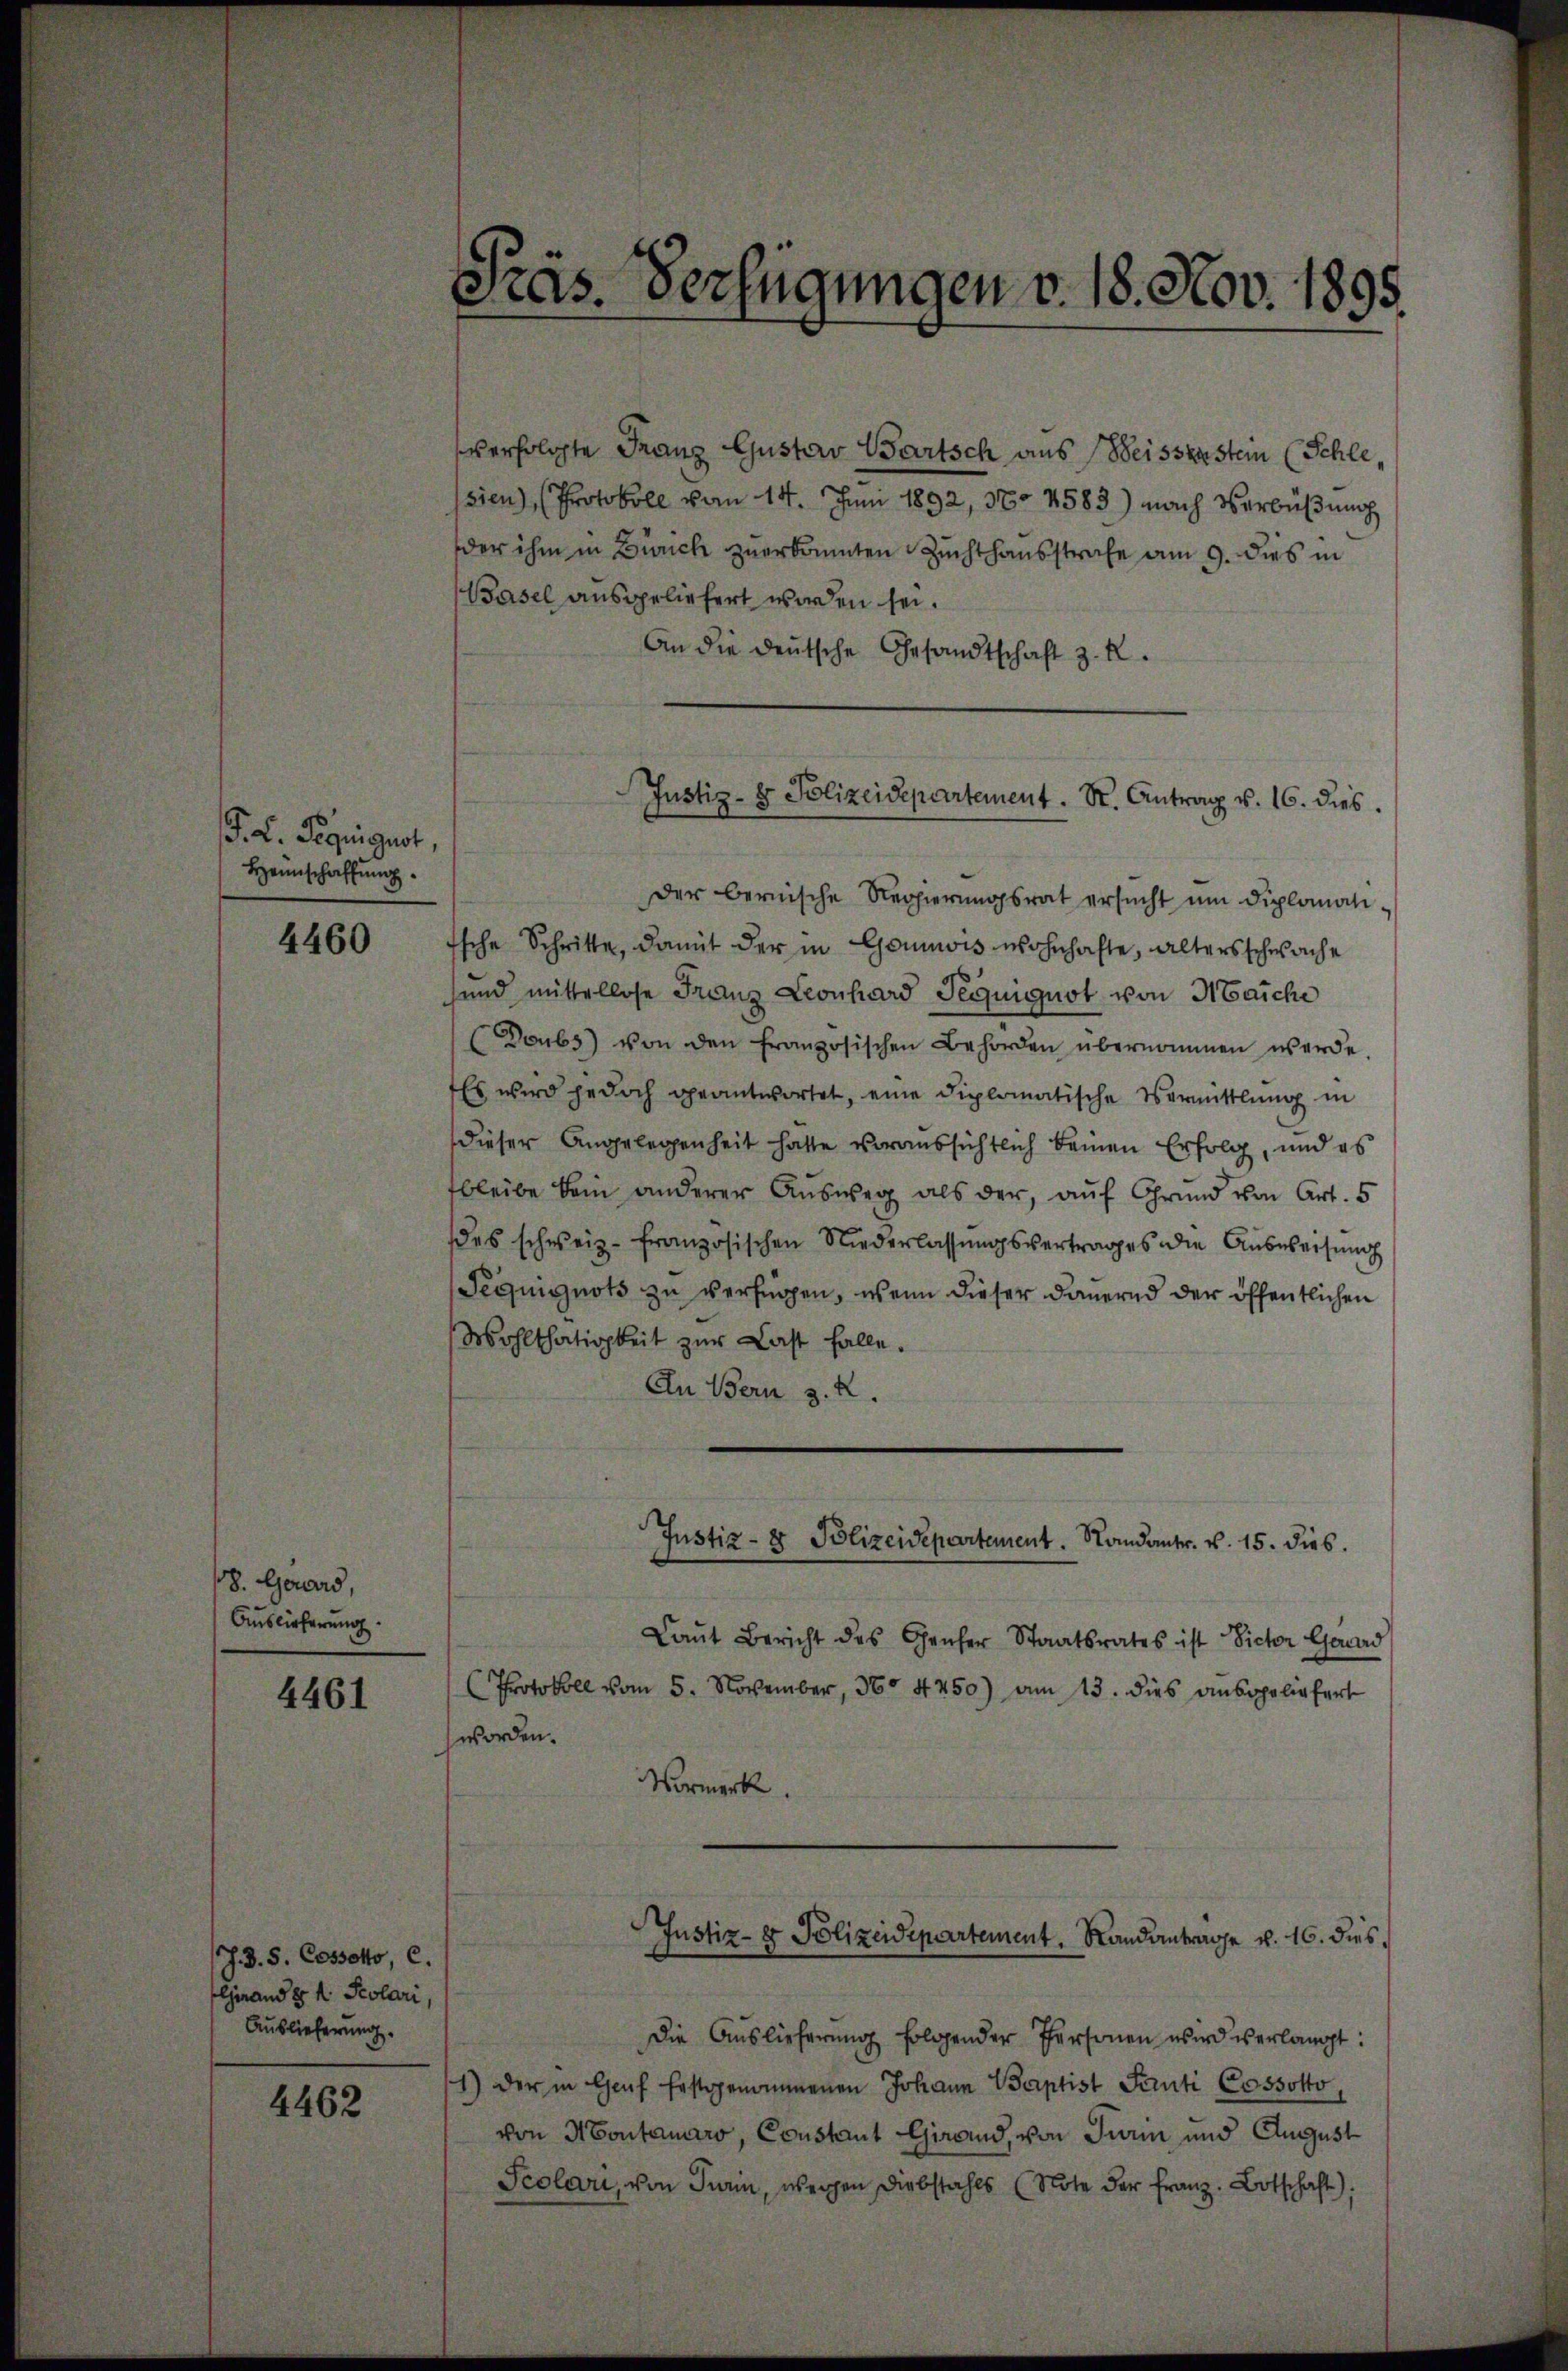
F. L. Beguiguot,
Heimschaffung.

4460

8. Gerard,
Auslieferung.

4461

J. 3. S. Cossotto, c.
Grand d 1. Polari,
Auslieferung.

4462

Präs. Verfügungen v. 18. Nov. 1895.

verfolgte Franz Gustav Wartsch aus Weisserstein (Schle,
sien), (Protokoll vom 14. Juni 1892, 37. 4583) nach Verbüßung
der ihm in Zürich zuerkannten Zuchthausstrafe am 9. dies in
Basel ausgeliefert worden sei.
An die deŭtsche Gesandtschaft z. R.
der bernische Regierŭngsrat ersŭcht ŭm diplomati¬
Esche Schritte, damit der in Gonis wohnhafte, altersschwache
sund mittellose Franz Leonhard Peguiguot von Maiche
Doubs) von den französischen Behörden übernommen werde
Es wird jedoch geantwortet, eine diplomatische Vermittlung in
dieser Angelegenheit hatte voraussichtlich keinen Erfolg, und es
bleibe kein anderer Ausweg als der, auf Grund von Art. 5
des schweiz. Französischen Niederlassŭngsvertrages die Ausweisung
Pequiguots zu verfügen, wenn dieser Dauernd der öffentlichen
Wohlthätigkeit zur Last falle.
In Bern d. 2.
Justiz- & Polizeidepartement. Kandantr. v. 15. dies
Laŭt Bericht des Gener Staatsrates ist Sicher Gerd
Protokoll vom 5. November, 30. 4250) am 13. dies ausgeliefert
worden.
Vormerk.
Justiz- & Polizeidepartement, Randanträge v. 16. dies
Die Aŭslieferŭng folgender Personen wird verlangt:
1) der in Genf festgenommenen Johann Baptist Santi Cossotto,
von Montanaro, Constant Grand, von Turm und August
Scolori, von Turin, wegen Diebstahls (Note der Franz. Botschaft).

Justiz- & Polizeidepartement. K. Antrag v. 16. dies